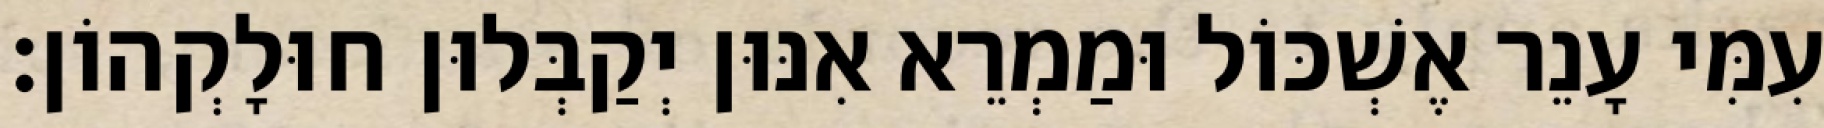
עִמִּי עָנֵר אֶשְׁכּוֹל וּמַמְרֵא אִנּוּן יְקַבְּלוּן חוּלָקְהוֹן׃